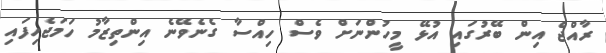
ރާއްޖެ އިން ބޭރުގައި އުޅޭ މީހުންނަށް ވެސް ހިއްސާ ގެނެވޭނެ އިންތިޒާމު ހަމަޖެހިފައި